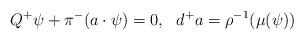
LaTeX: \begin{align*}Q^+\psi + \pi^-(a\cdot \psi) = 0, \, \, \, \, d^+ a = \rho^{-1}(\mu(\psi))\end{align*}